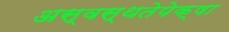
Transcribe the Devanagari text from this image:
अस्वस्थतेपेक्षा